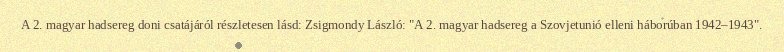
A 2. magyar hadsereg doni csatájáról részletesen lásd: Zsigmondy László: "A 2. magyar hadsereg a Szovjetunió elleni háborúban 1942–1943".